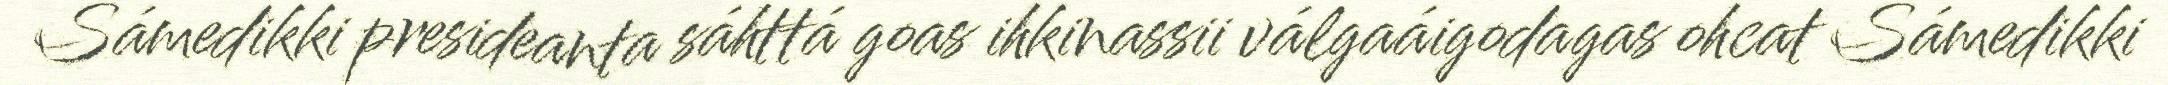
Sámedikki presideanta sáhttá goas ihkinassii válgaáigodagas ohcat Sámedikki